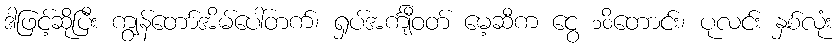
ဒါဖြင့်ဆိုပြီး ကျွန်တော်အိမ်ပေါ်တက်၊ ရှပ်အင်္ကျီဝတ် မေ့ဆီက ငွေ ၁၀ိတောင်း၊ ပုလင်း နှစ်လုံး